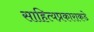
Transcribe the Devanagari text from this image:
साहित्यप्रकाराकडे